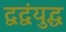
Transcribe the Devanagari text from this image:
द्वद्वंयुद्ध